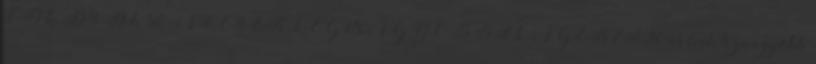
CD-k, DVD-k 80-AS ÉVEK LEGNAGYOBB SLÁGEREI 90-es évek legnagyobb